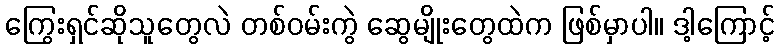
ကြွေးရှင်ဆိုသူတွေလဲ တစ်ဝမ်းကွဲ ဆွေမျိုးတွေထဲက ဖြစ်မှာပါ။ ဒါ့ကြောင့်